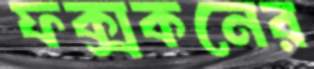
ফক্সকনের